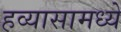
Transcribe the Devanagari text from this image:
हव्यासामध्ये